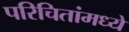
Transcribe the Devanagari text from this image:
परिचितांमध्ये